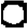
Digit: 0